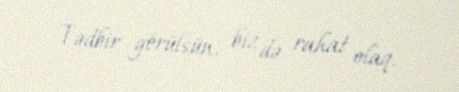
Tədbir görülsün, biz də rahat olaq.